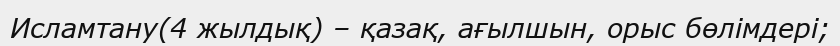
Исламтану(4 жылдық) – қазақ, ағылшын, орыс бөлімдері;